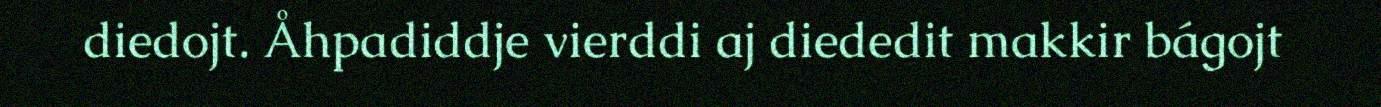
diedojt. Åhpadiddje vierddi aj diededit makkir bágojt